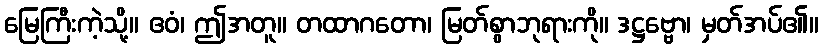
မြေကြီးကဲ့သို့။ ဧဝံ၊ ဤအတူ။ တထာဂတော၊ မြတ်စွာဘုရားကို။ ဒဋ္ဌဗ္ဗော၊ မှတ်အပ်၏။